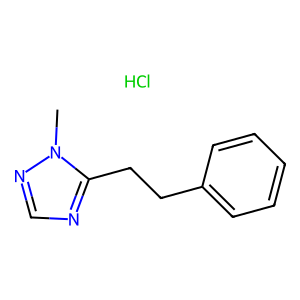
SMILES: Cl.Cn1ncnc1CCc1ccccc1
Inhibits HIV replication: No